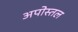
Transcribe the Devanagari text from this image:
अपोस्तल